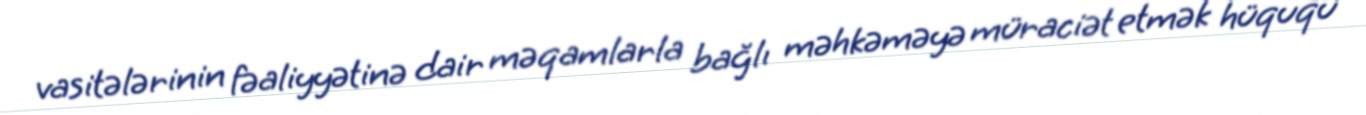
vasitələrinin fəaliyyətinə dair məqamlarla bağlı məhkəməyə müraciət etmək hüququ